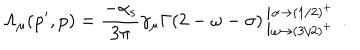
LaTeX: \mathrm { \Lambda _ { \ m u } ( p ^ { \prime } , p ) = \frac { - \ a l p h a _ { s } } { 3 \ p i } \ g a m m a _ { \ m u } \Gamma ( 2 - \ o m e g a - \ s i g m a ) \left| ^ { \ a l p h a \to ( 1 / 2 ) ^ { + } } _ { \ o m e g a \to ( 3 / 2 ) ^ { + } } \right. ~ . }